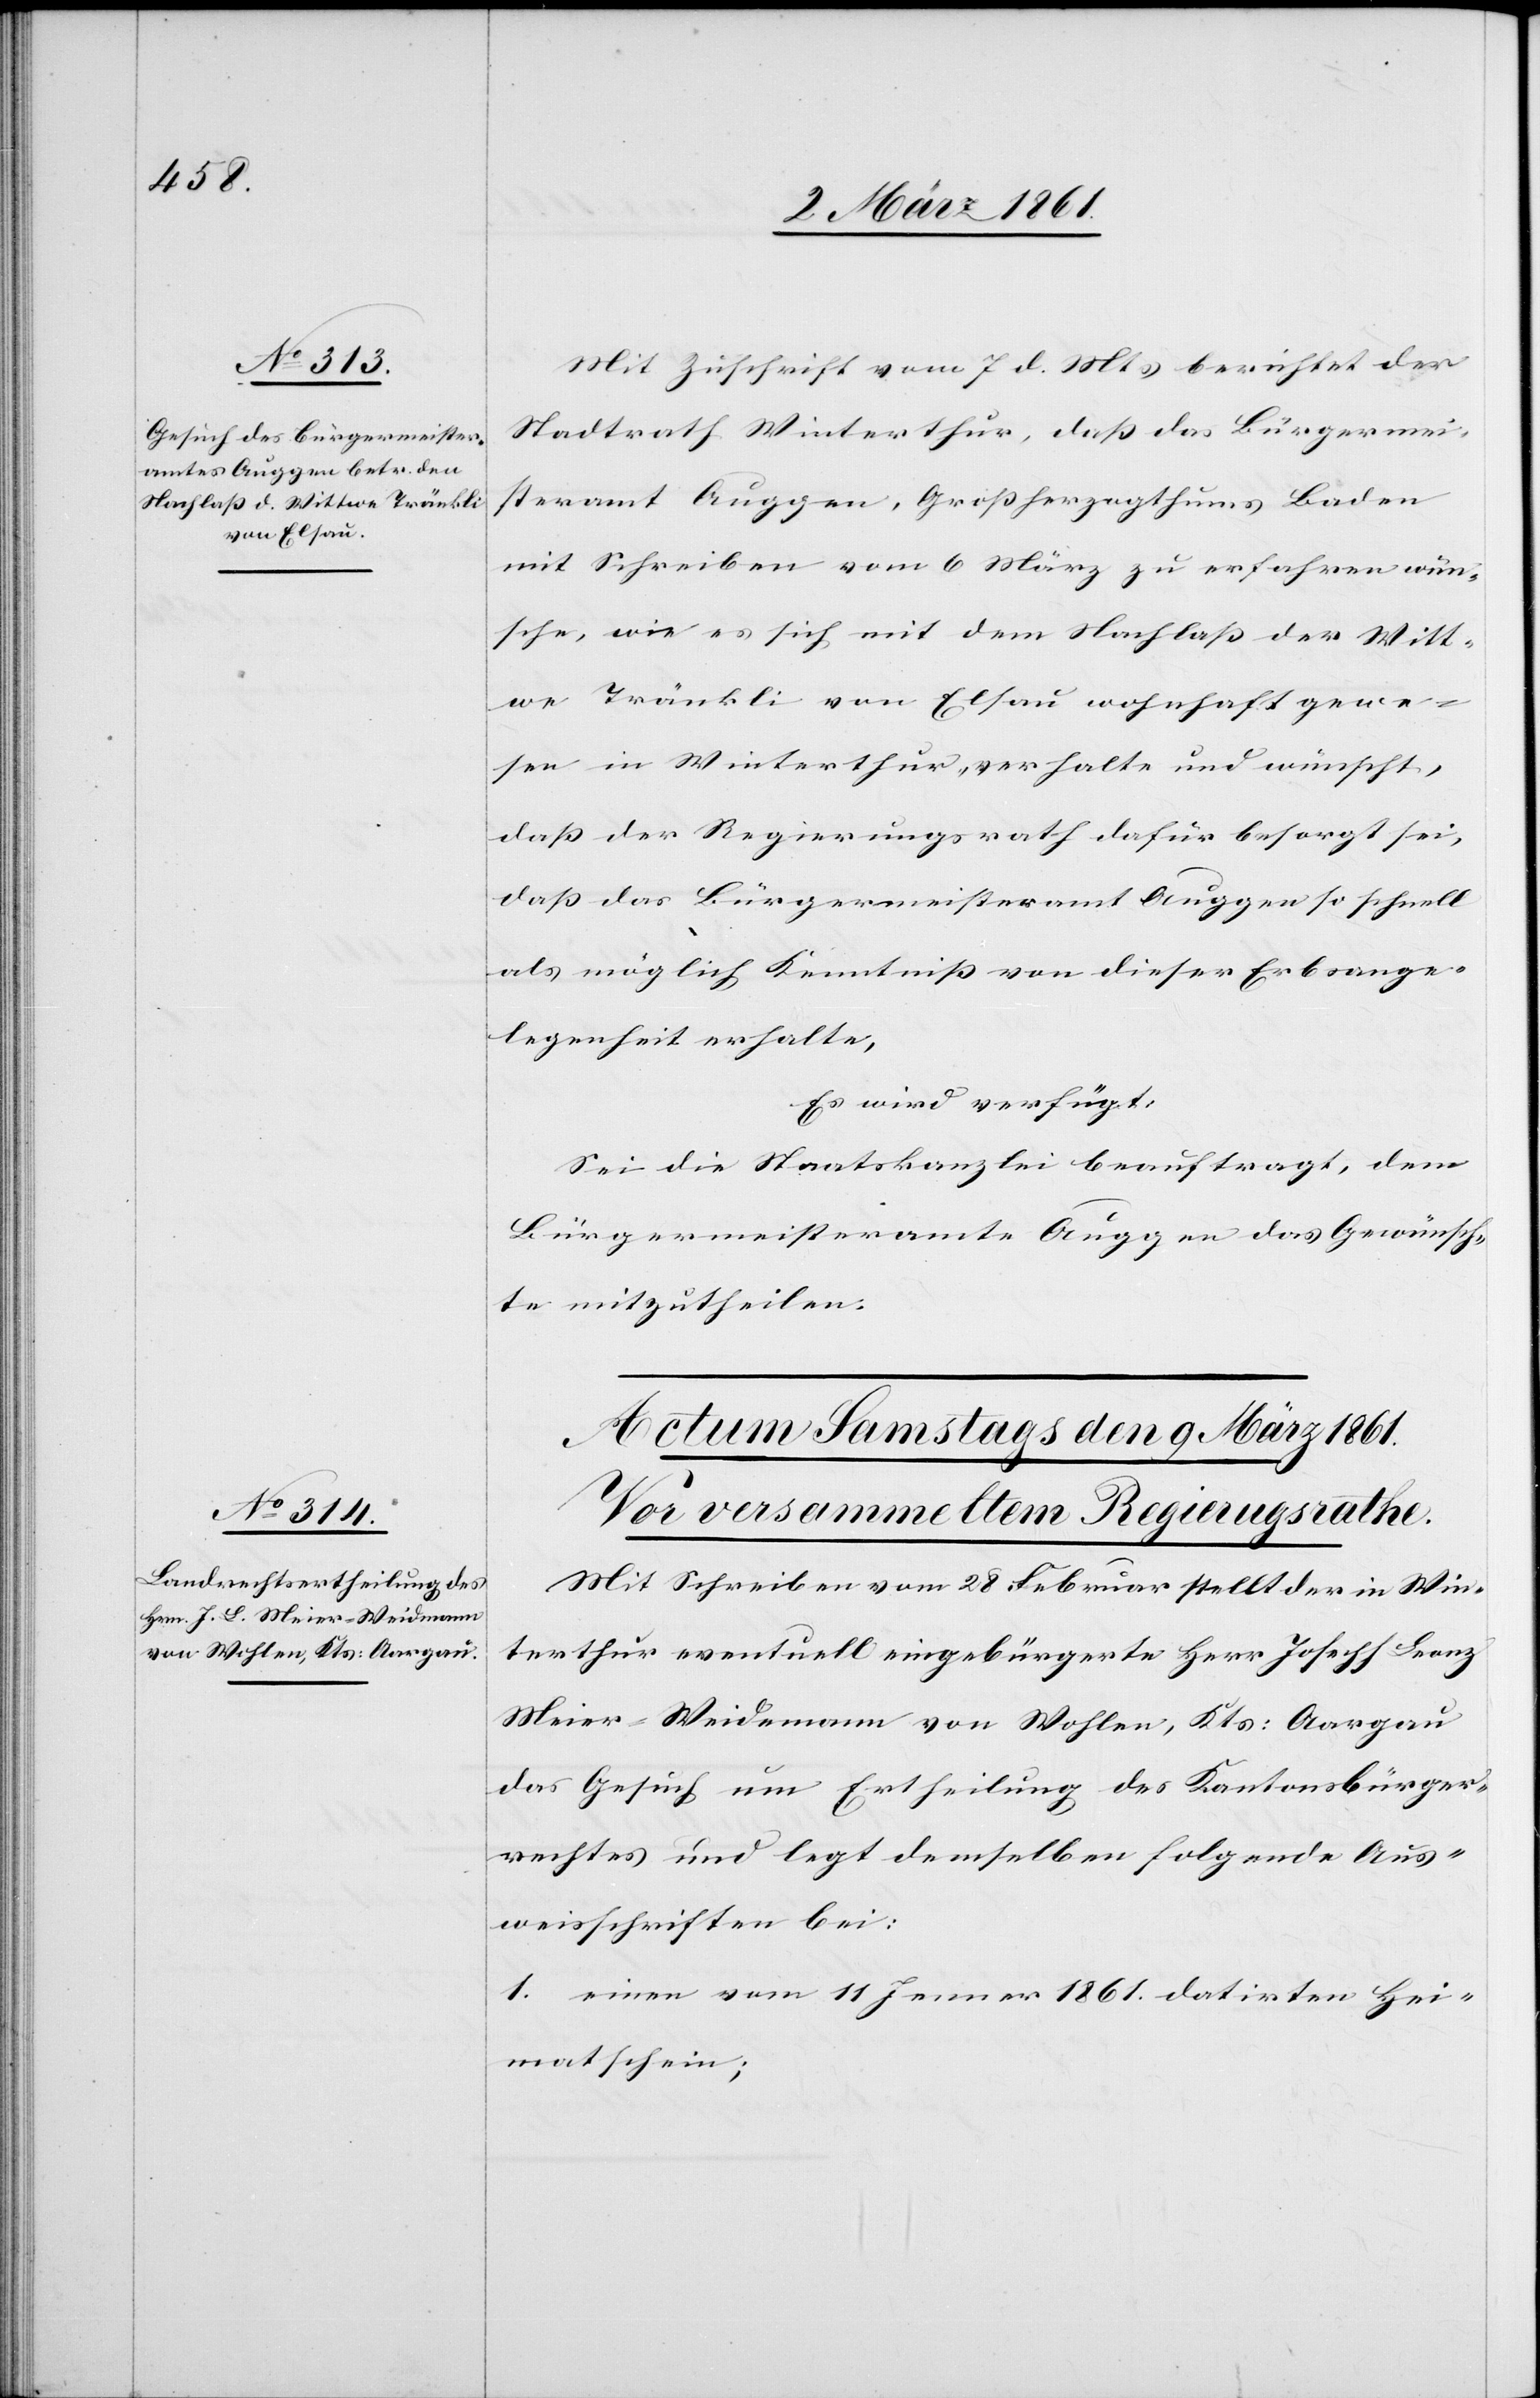
von Wohlen, Kts: Aargau

8. März 1861.]
Mit Zuschrift vom 7 d. Mts. berichtet der
Stadtrath Winterthur, dass das Bürgermei¬
steramt Auggen, Grossherzogthums Baden
mit Schreiben vom 6 März zu erfahren wün¬
sche, wie es sich mit dem Nachlass der Witt¬
we Tränkli von Elsau wohnhaft gewe¬
sen in Winterthur, verhalte und wünscht,
dass der Regierungsrath dafür besorgt sei,
dass das Bürgermeisteramt Auggen so schnell
als möglich Kenntniss von dieser Erbsange¬
legenheit erhalte.
Es wird verfügt:
Sei die Staatskanzlei beauftragt, dem
Bürgermeisteramte Auggen das Gewünsch¬
te mitzutheilen.
Mit Schreiben vom 28 Februar stellt der in Win¬
terthur eventuell eingebürgerte Herr Joseph Franz
das Gesuch um Ertheilung des Kantonsbürger¬
rechtes und legt demselben folgende Aus¬
weisschriften bei:
1. einen vom 11 Jenner 1861 datirten Hei¬
matschein;